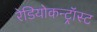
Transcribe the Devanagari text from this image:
रेडियोकन्ट्रॉस्ट